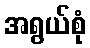
အရွယ်စုံ